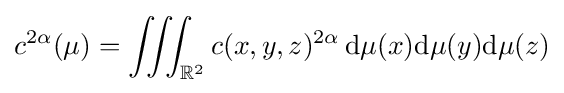
c^{2\alpha }(\mu )=\iiint _{\mathbb {R} ^{2}}c(x,y,z)^{2\alpha }\,\mathrm {d} \mu (x)\mathrm {d} \mu (y)\mathrm {d} \mu (z)